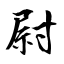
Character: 尉